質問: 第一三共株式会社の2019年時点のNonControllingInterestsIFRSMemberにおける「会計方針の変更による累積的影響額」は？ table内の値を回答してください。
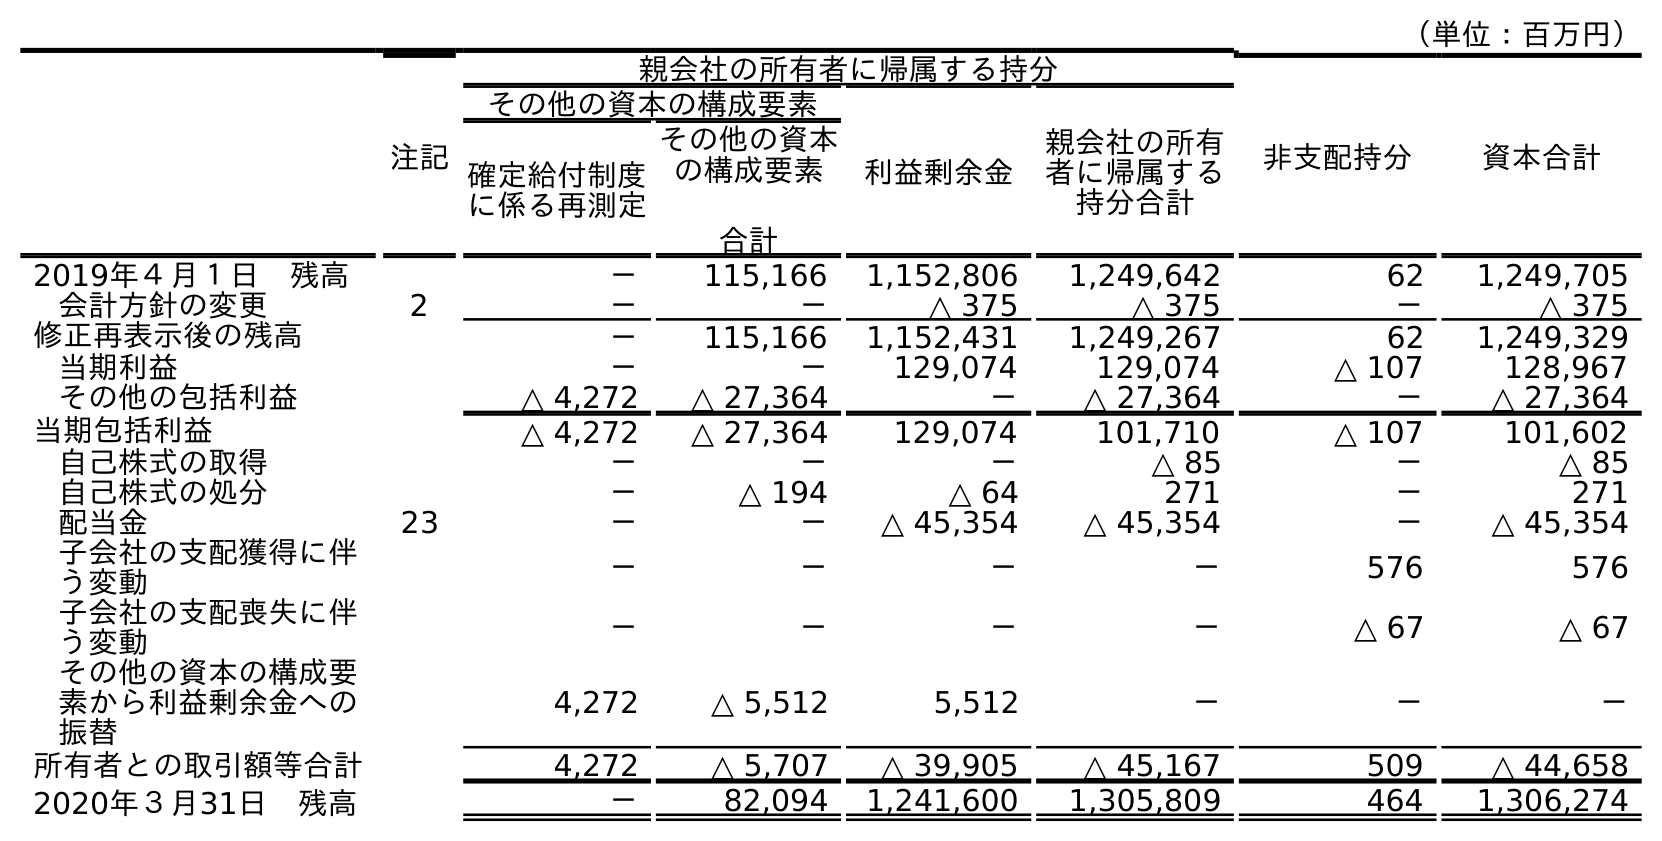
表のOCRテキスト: （単位：百万円） 注記 親会社の所有者に帰属する持分 非支配持分 資本合計 その他の資本の構成要素 利益剰余金 親会社の所有 者に帰属する 持分合計 確定給付制度 に係る再測定 その他の資本 の構成要素 合計 2019年４月１日 残高 － 115,166 1,152,806 1,249,642 62 1,249,705 会計方針の変更 2 － － △ 375 △ 375 － △ 375 修正再表示後の残高 － 115,166 1,152,431 1,249,267 62 1,249,329 当期利益 － － 129,074 129,074 △ 107 128,967 その他の包括利益 △ 4,272 △ 27,364 － △ 27,364 － △ 27,364 当期包括利益 △ 4,272 △ 27,364 129,074 101,710 △ 107 101,602 自己株式の取得 － － － △ 85 － △ 85 自己株式の処分 － △ 194 △ 64 271 － 271 配当金 23 － － △ 45,354 △ 45,354 － △ 45,354 子会社の支配獲得に伴 う変動 － － － － 576 576 子会社の支配喪失に伴 う変動 － － － － △ 67 △ 67 その他の資本の構成要 素から利益剰余金への 振替 4,272 △ 5,512 5,512 － － － 所有者との取引額等合計 4,272 △ 5,707 △ 39,905 △ 45,167 509 △ 44,658 2020年３月31日 残高 － 82,094 1,241,600 1,305,809 464 1,306,274
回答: －